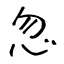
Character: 忽